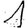
Digit: 1